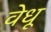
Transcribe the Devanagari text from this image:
वेधू